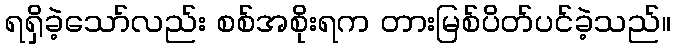
ရရှိခဲ့သော်လည်း စစ်အစိုးရက တားမြစ်ပိတ်ပင်ခဲ့သည်။